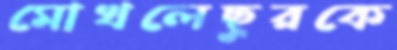
মোখলেছুরকে